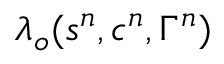
\ensuremath { \lambda } _ { o } ( s ^ { n } , c ^ { n } , \Gamma ^ { n } )